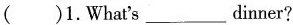
( )1.What's ___ dinner?